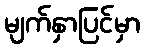
မျက်နှာပြင်မှာ